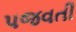
પજવતી